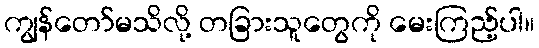
ကျွန်တော်မသိလို့ တခြားသူတွေကို မေးကြည့်ပါ။